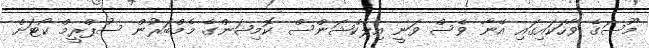
މޫސަގެ ވާހަކައިގައި އޭނާ ވެސް ވަނީ އިލެކްޝަންސް ކޮމިޝަންގެ މެމްބަރުން ސުޕްރީމް ކޯޓަށް